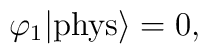
\varphi_1|{\rm phys}\rangle=0,